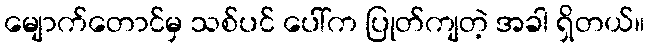
မျောက်တောင်မှ သစ်ပင် ပေါ်က ပြုတ်ကျတဲ့ အခါ ရှိတယ်။